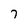
Character: 7